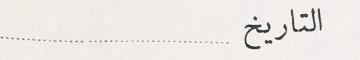
التاريخ